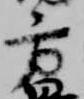
方